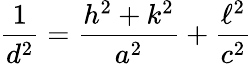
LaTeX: {\frac{1}{d^{2}}}={\frac{h^{2}+k^{2}}{a^{2}}}+{\frac{\ell^{2}}{c^{2}}}